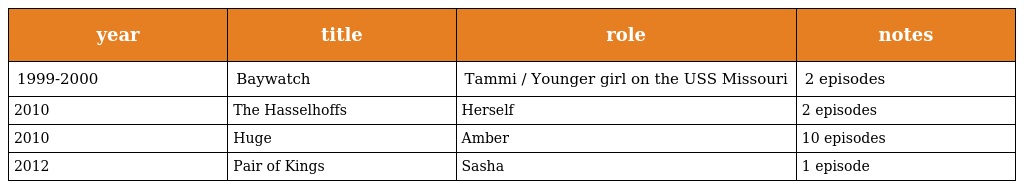
| year | title | role | notes |
 | --- | --- | --- | --- |
 | 1999-2000 | Baywatch | Tammi / Younger girl on the USS Missouri | 2 episodes |
 | 2010 | The Hasselhoffs | Herself | 2 episodes |
 | 2010 | Huge | Amber | 10 episodes |
 | 2012 | Pair of Kings | Sasha | 1 episode |